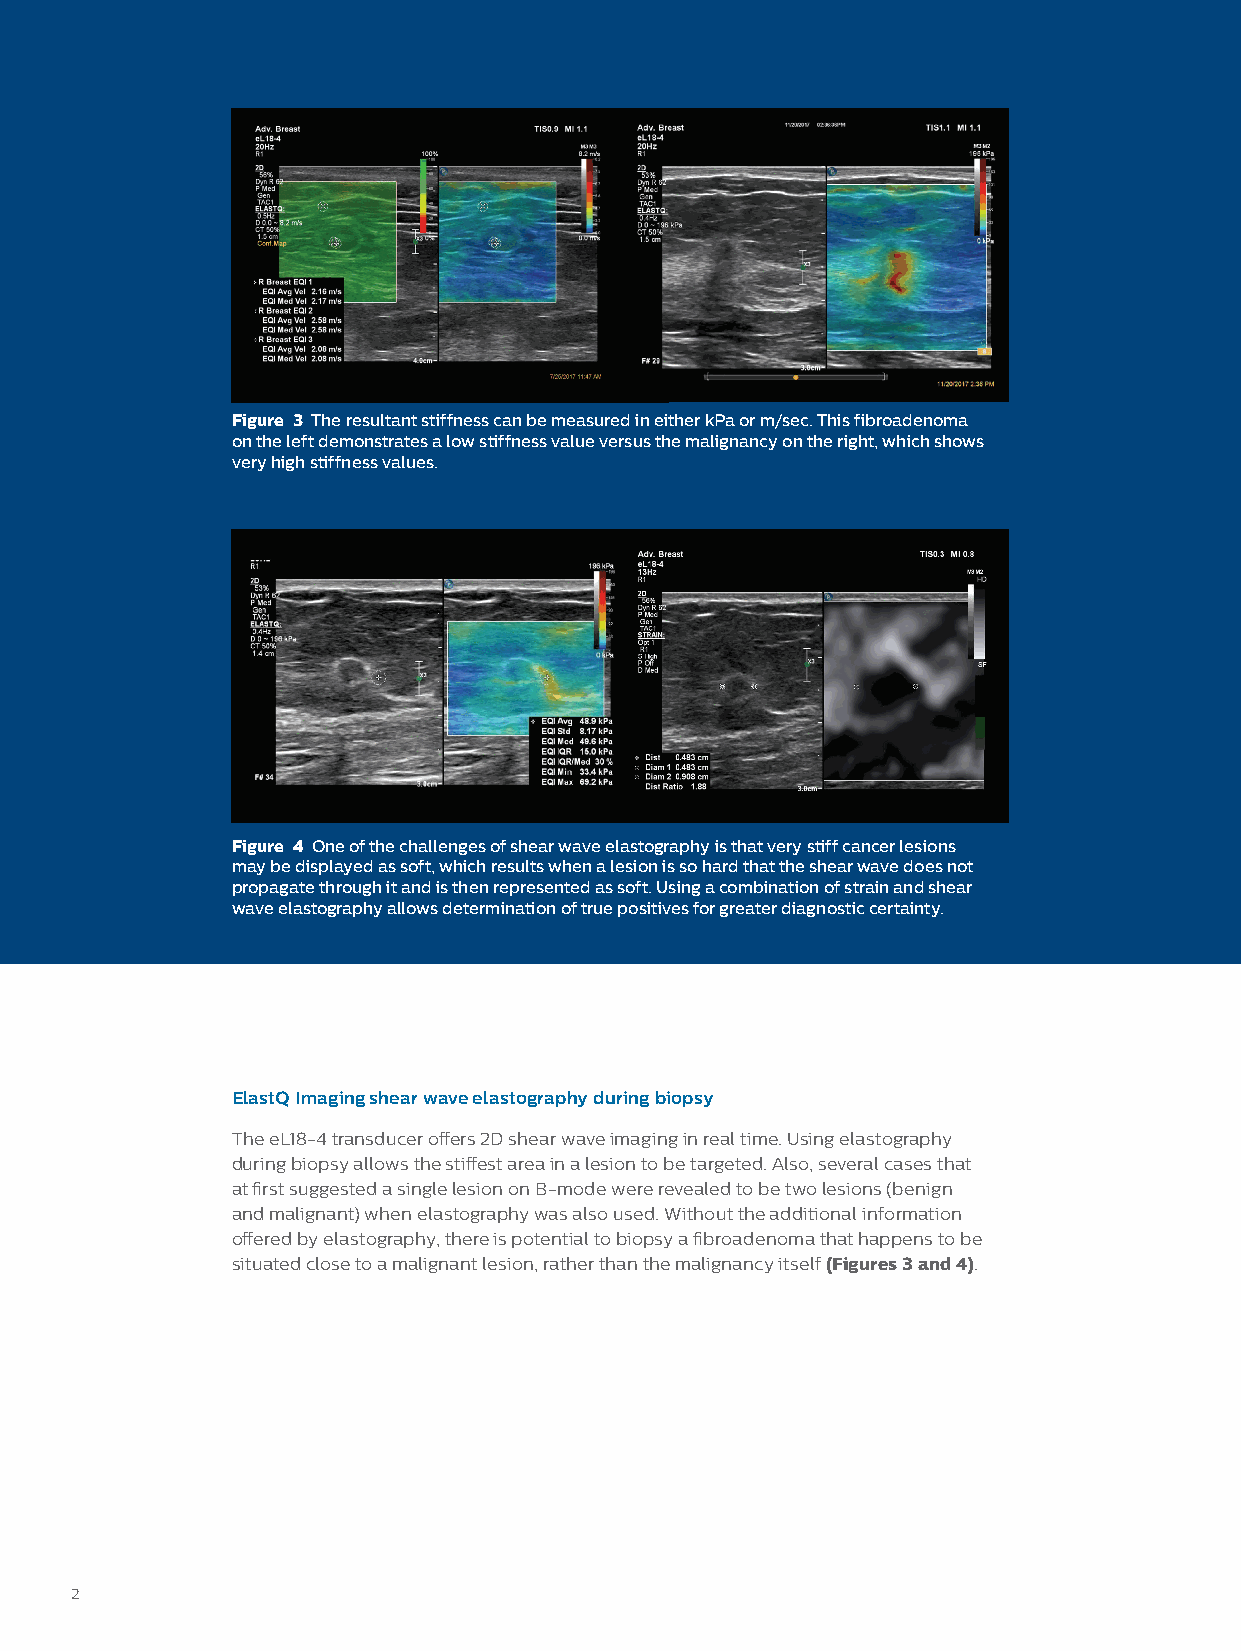
Figure 3 The resultant stiffness can be measured in either kPa or m/sec. This fibroadenoma
 on the left demonstrates a low stiffness value versus the malignancy on the right, which shows
 very high stiffness values.
 Figure 4 One of the challenges of shear wave elastography is that very stiff cancer lesions
 may be displayed as soft, which results when a lesion is so hard that the shear wave does not
 propagate through it and is then represented as soft. Using a combination of strain and shear
 wave elastography allows determination of true positives for greater diagnostic certainty.
 ElastQ Imaging shear wave elastography during biopsy
 The eL18-4 transducer offers 2D shear wave imaging in real time. Using elastography
 during biopsy allows the stiffest area in a lesion to be targeted. Also, several cases that
 at first suggested a single lesion on B-mode were revealed to be two lesions (benign
 and malignant) when elastography was also used. Without the additional information
 offered by elastography, there is potential to biopsy a fibroadenoma that happens to be
 situated close to a malignant lesion, rather than the malignancy itself (Figures 3 and 4).
 22